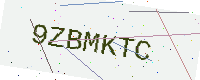
Text: 9ZBMKTC